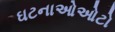
ઘટનાઓઓટો